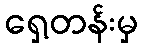
ရှေ့တန်းမှ